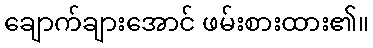
ချောက်ချားအောင် ဖမ်းစားထား၏။